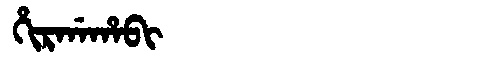
Manchu: ᡥᡳᡵᡤᠠᡥᠠᠪᡳ
Romanization: HIRGAHABI